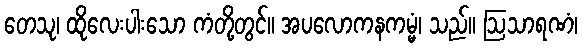
တေသု၊ ထိုလေးပါးသော ကံတို့တွင်။ အပလောကနကမ္မံ၊ သည်။ ဩသာရဏံ၊